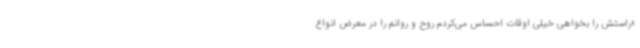
«راستش را بخواهی خیلی اوقات احساس می‌کردم روح و روانم را در معرض انواع